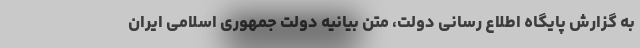
به گزارش پایگاه اطلاع رسانی دولت، متن بیانیه دولت جمهوری اسلامی ایران